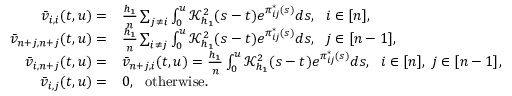
\begin{array} { r l } { \bar { v } _ { i , i } ( t , u ) = } & { \frac { h _ { 1 } } { n } \sum _ { j \neq i } \int _ { 0 } ^ { u } \mathcal { K } _ { h _ { 1 } } ^ { 2 } ( s - t ) e ^ { \pi _ { i j } ^ { * } ( s ) } d s , ~ ~ i \in [ n ] , } \\ { \bar { v } _ { n + j , n + j } ( t , u ) = } & { \frac { h _ { 1 } } { n } \sum _ { i \neq j } \int _ { 0 } ^ { u } \mathcal { K } _ { h _ { 1 } } ^ { 2 } ( s - t ) e ^ { \pi _ { i j } ^ { * } ( s ) } d s , ~ ~ j \in [ n - 1 ] , } \\ { \bar { v } _ { i , n + j } ( t , u ) = } & { \bar { v } _ { n + j , i } ( t , u ) = \frac { h _ { 1 } } { n } \int _ { 0 } ^ { u } \mathcal { K } _ { h _ { 1 } } ^ { 2 } ( s - t ) e ^ { \pi _ { i j } ^ { * } ( s ) } d s , ~ ~ i \in [ n ] , ~ j \in [ n - 1 ] , } \\ { \bar { v } _ { i , j } ( t , u ) = } & { 0 , ~ ~ \mathrm { o t h e r w i s e } . } \end{array}